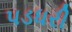
પડધરી